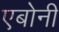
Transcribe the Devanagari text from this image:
एबोनी